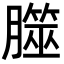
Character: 㭀